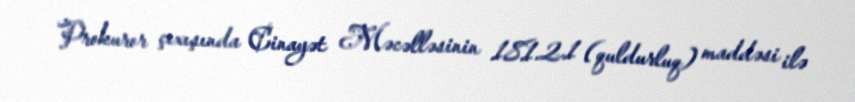
Prokuror çıxışında Cinayət Məcəlləsinin 181.2.1 (quldurluq) maddəsi ilə